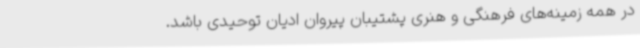
در همه زمینه‌های فرهنگی و هنری پشتیبان پیروان ادیان توحیدی باشد.